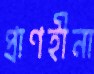
প্রাণহীনা